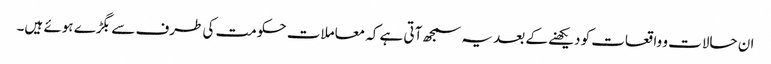
ان حالات و واقعات کو دیکھنے کے بعد یہ سمجھ آتی ہے کہ معاملات حکومت کی طرف سے بگڑے ہوئے ہیں۔